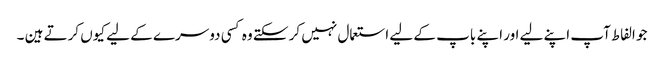
جو الفاط آپ اپنے لیے اور اپنے باپ کے لیے استعمال نہیں کر سکتے وہ کسی دوسرے کے لیے کیوں کرتے ہین ۔